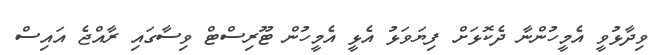
ވިދާޅުވީ އެމީހުންނާ ދެކޮޅަށް ފިޔަވަޅު އެޅީ އެމީހުން ޓޫރިސްޓް ވިސާގައި ރާއްޖެ އައިސް